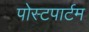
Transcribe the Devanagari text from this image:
पोस्‍टपार्टम